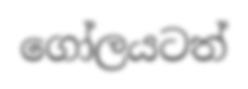
ගෝලයටත්